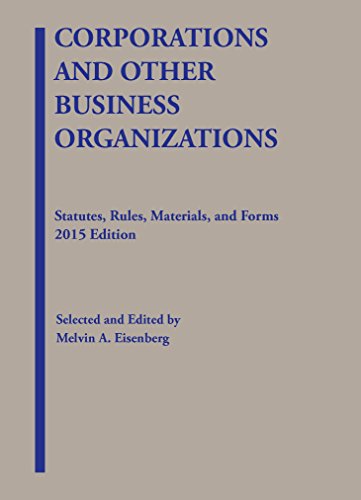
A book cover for Corporations and Other Business Organizations: Statutes, Rules, Materials and Forms (Selected Statutes); Melvin Eisenberg; Law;